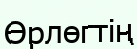
Өрлөгтің